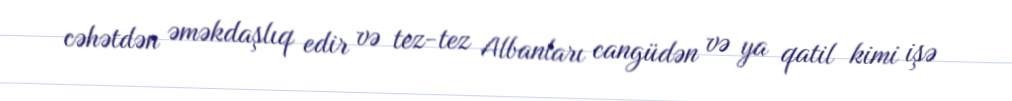
cəhətdən əməkdaşlıq edir və tez-tez Albanları cangüdən və ya qatil kimi işə